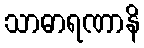
သာဓာရဏာနိ